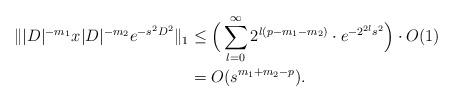
LaTeX: \begin{align*} \||D|^{-m_1}x|D|^{-m_2}e^{-s^2D^2}\|_1 &\leq \Big(\sum_{l=0}^{\infty}2^{l(p-m_1-m_2)}\cdot e^{-2^{2l}s^2}\Big)\cdot O(1)\\ &= O(s^{m_1+m_2-p}). \end{align*}